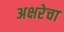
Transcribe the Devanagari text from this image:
अक्षरेचा